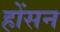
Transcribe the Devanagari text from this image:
होंसन